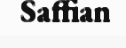
Saffian